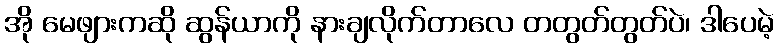
အို မေဖျားကဆို ဆွန်ယာကို နားချလိုက်တာလေ တတွတ်တွတ်ပဲ၊ ဒါပေမဲ့